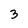
Character: 3